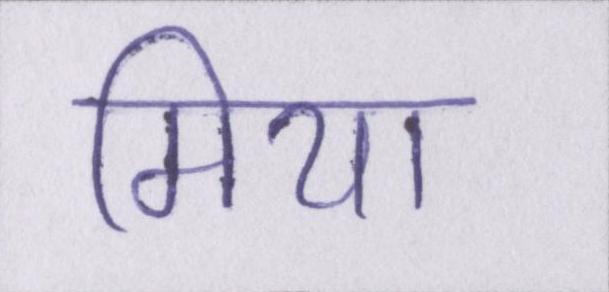
मियाँ